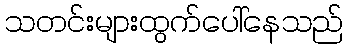
သတင်းများထွက်ပေါ်နေသည်